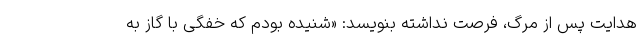
هدایت پس از مرگ، فرصت نداشته بنویسد: «‌شنیده بودم که خفگی با گاز به